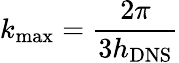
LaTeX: {k_{\mathrm{{max}}}}=\frac{{2\pi}}{{3{h_{\mathrm{{DNS}}}}}}